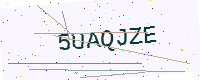
Text: 5UAQJZE